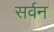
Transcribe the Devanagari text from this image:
सर्वन